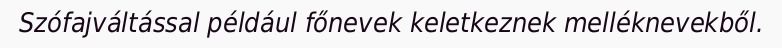
Szófajváltással például főnevek keletkeznek melléknevekből.